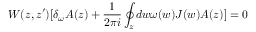
W ( z , z ^ { \prime } ) [ \delta _ { \omega } A ( z ) + \frac { 1 } { 2 \pi i } \oint _ { z } d w \omega ( w ) J ( w ) A ( z ) ] = 0